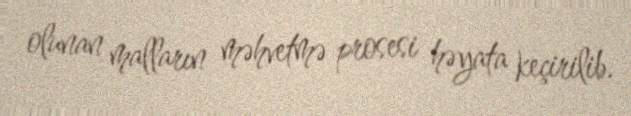
olunan malların məhvetmə prosesi həyata keçirilib.